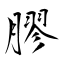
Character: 膠